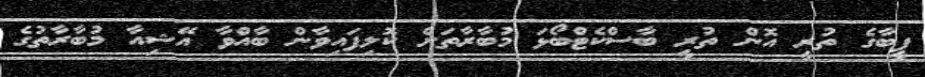
ފީބާގެ ތުރީ އޮން ތުރީ ބާސްކެޓްބޯޅަ މުބާރާތަށް ކޮލިފައިވާން ބާއްވާ އޭޝިއާ މުބާރާތުގެ